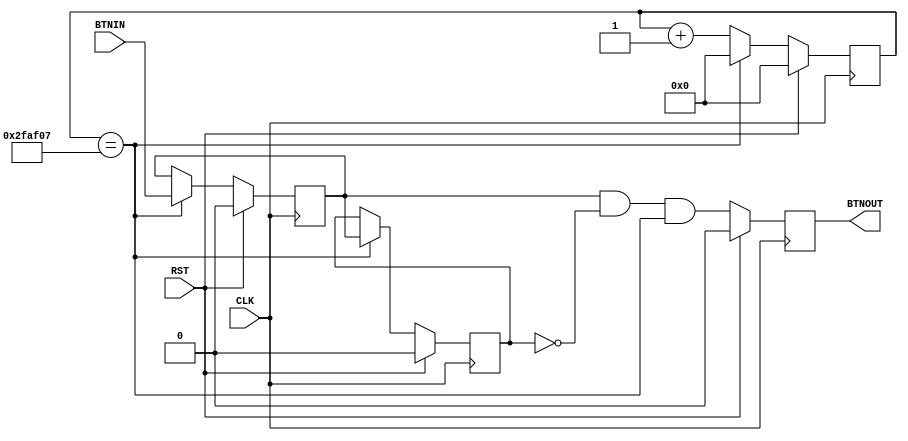
`timescale 1ns / 1ps
//////////////////////////////////////////////////////////////////////////////////
// Company:
// Engineer:
//
// Design Name:
// Module Name: debounce
// Project Name:
// Target Devices:
// Tool Versions:
// Description:
//
// Dependencies:
//
// Revision:
// Revision 0.01 - File Created
// Additional Comments:
//
//////////////////////////////////////////////////////////////////////////////////


module debounce(
    input CLK,
    input RST,
    input BTNIN,
    output reg BTNOUT
    );

    reg [21:0] cnt22;

    wire en40hz = (cnt22==22'd3125000-1);

    always @(posedge CLK) begin
        if(RST)
            cnt22 <= 22'h0;
        else if (en40hz)
            cnt22 <= 22'h0;
        else
            cnt22 <= cnt22 + 1'd1;
    end

    reg ff1,ff2;

    always @(posedge CLK) begin
        if(RST)begin
            ff1 <=1'b0;
            ff2 <=1'b0;
        end else if(en40hz) begin
            ff2<=ff1;
            ff1<=BTNIN;
        end
    end

    wire temp = ff1 & ~ff2 & en40hz;

    always @(posedge CLK)begin
        if(RST)
            BTNOUT <= 1'b0;
        else
            BTNOUT <= temp;
    end

endmodule